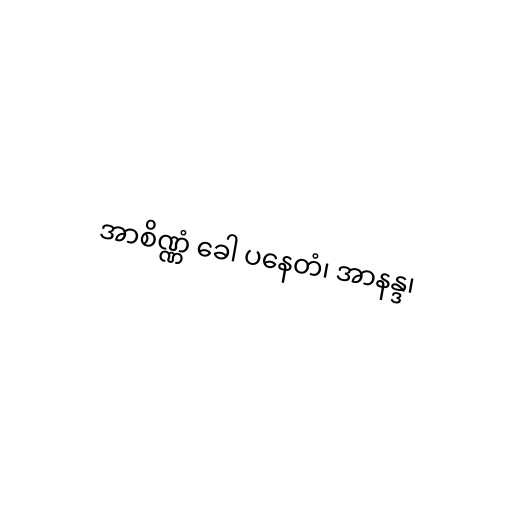
အာစိဏ္ဏံ ခေါ ပနေတံ၊ အာနန္ဒ၊